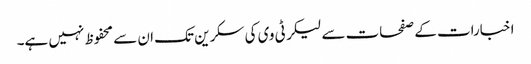
اخبارات کے صفحات سے لیکر ٹی وی کی سکرین تک ان سے محفوظ نہیں ہے۔